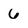
Character: 6